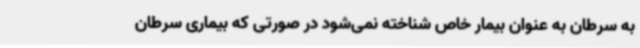
به سرطان به عنوان بیمار خاص شناخته نمی‌شود در صورتی که بیماری سرطان